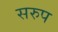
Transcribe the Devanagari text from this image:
सरुप